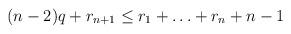
LaTeX: \begin{align*}(n-2)q + r_{n+1} \le r_1 + \ldots + r_n + n-1\end{align*}